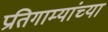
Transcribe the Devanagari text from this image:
प्रतिगाम्यांच्या